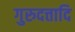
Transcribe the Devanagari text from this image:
गुरुदत्तादि